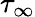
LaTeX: \tau_{\infty}